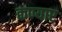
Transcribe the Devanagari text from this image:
कण्यार